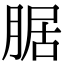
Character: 腒